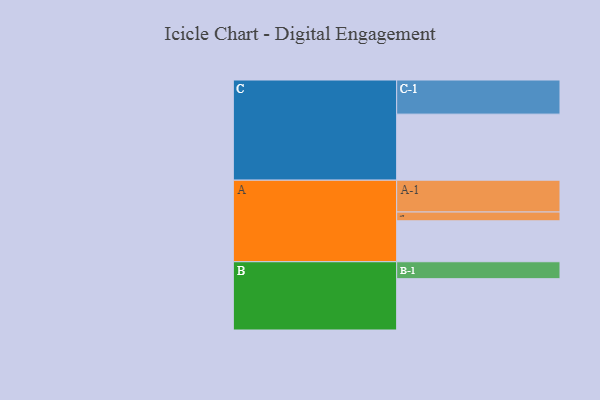
{"axis": {"x": "Segment", "y": "Value"}, "legend": ["", "A", "B", "C"], "data": [{"x": "A", "y": 336, "type": ""}, {"x": "B", "y": 421, "type": ""}, {"x": "C", "y": 542, "type": ""}, {"x": "A-1", "y": 261, "type": "A"}, {"x": "A-2", "y": 72, "type": "A"}, {"x": "B-1", "y": 139, "type": "B"}, {"x": "C-1", "y": 280, "type": "C"}]}